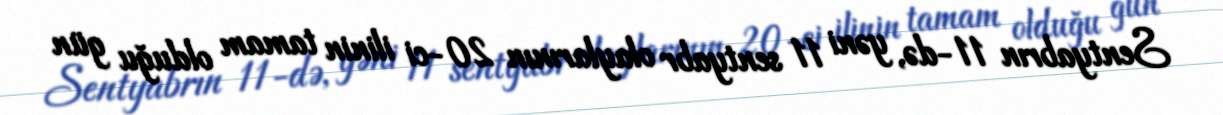
Sentyabrın 11-də, yəni 11 sentyabr olaylarının 20-ci ilinin tamam olduğu gün